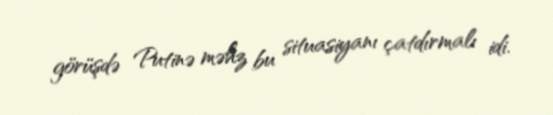
görüşdə Putinə məhz bu situasiyanı çatdırmalı idi.